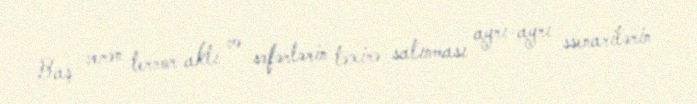
Baş verən terror aktı və səfərlərin təxirə salınması ayrı-ayrı ssenarilərin